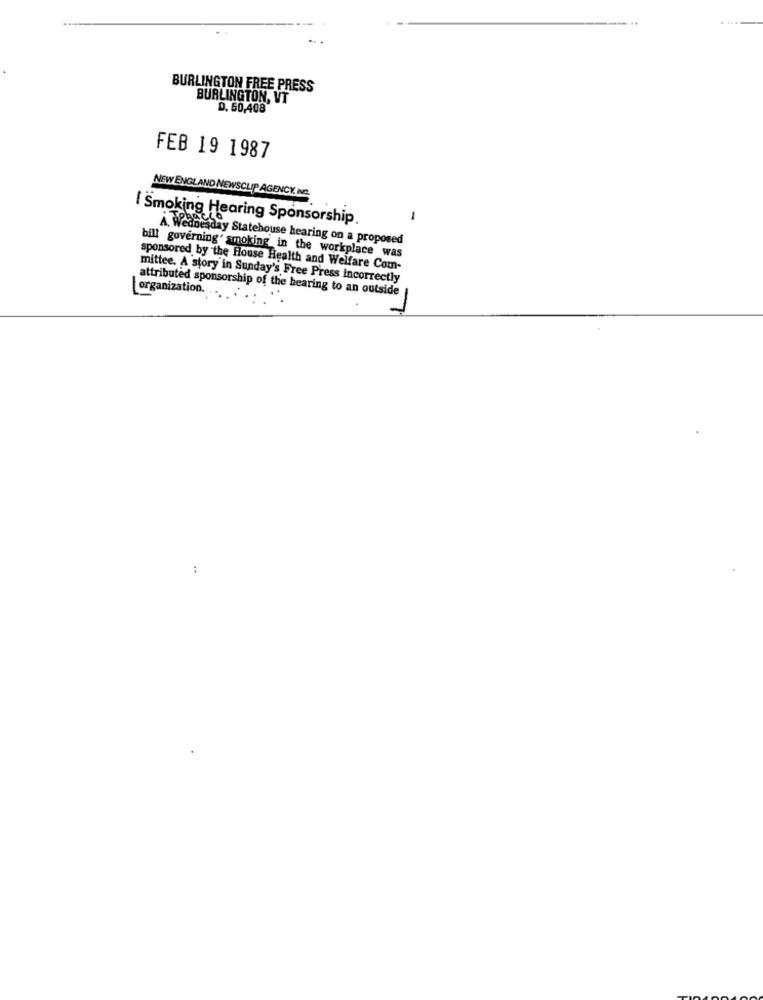
...
BURLINGTON FREE PRESS
BURLINGTON, VT
D. 50,408
FEB 19 1987
NEW ENGLAND NEWSCLIP AGENCY. INC.
I Smoking Hearing Sponsorship.
-
À, Wednesday Statehouse hearing on a proposed
bill governing' smoking in the workplace was
sponsored by the House Health and Welfare Com-
mittee. A story in Sunday's Free Press incorrectly
attributed sponsorship of the hearing to an outside
organization. ... .. .
: